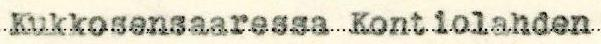
Kukkosensaaressa Kontiolahden